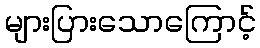
များပြားသောကြောင့်